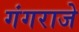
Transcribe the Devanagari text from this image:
गंगराजे